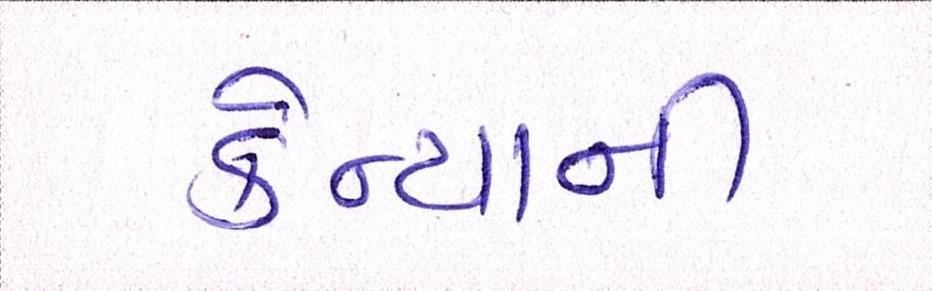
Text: કેન્યાની